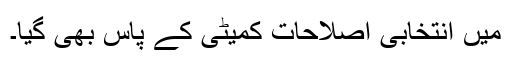
میں انتخابی اصلاحات کمیٹی کے پاس بھی گیا۔